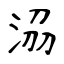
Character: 𣴀